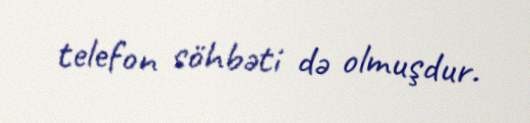
telefon söhbəti də olmuşdur.